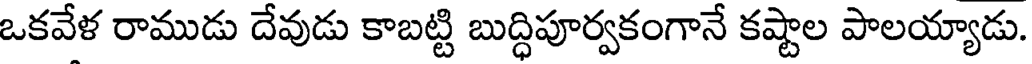
ఒకవేళ రాముడు దేవుడు కాబట్టి బుద్ధిపూర్వకంగానే కష్టాల పాలయ్యాడు.